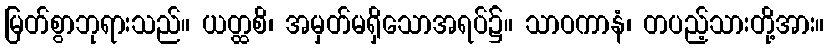
မြတ်စွာဘုရားသည်။ ယတ္ထစိ၊ အမှတ်မရှိသောအရပ်၌။ သာဝကာနံ၊ တပည့်သားတို့အား။